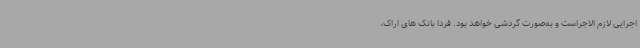
اجرایی لازم الاجراست و به‌صورت گردشی خواهد بود. فردا بانک های اراک،